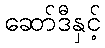
ဆော်ဒီနှင့်